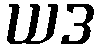
ယဒ